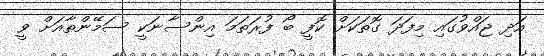
އަދި ޖައްވުގައި މިފަދަ ގޮތަކަށް ކޮފީ ބޯ ފުރަތަމަ އިންސާނަކީ ސަމޭންތާއަށް ވީ